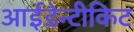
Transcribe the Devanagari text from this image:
आईडेन्टीकिट